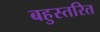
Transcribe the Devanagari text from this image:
बहुस्तरित